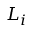
L _ { i }